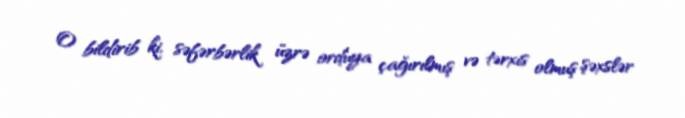
O bildirib ki, səfərbərlik üzrə orduya çağırılmış və tərxis olmuş şəxslər